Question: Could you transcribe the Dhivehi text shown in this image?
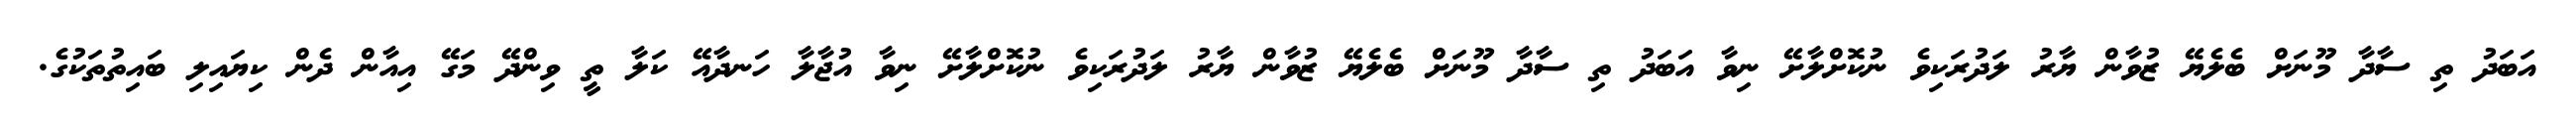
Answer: އަބަދު ތި ސާދާ މޫނަށް ބެލެޔޭ ޒުވާން ޔާރު ލަދުރަކިވެ ނުކޮށްލާށޭ ނިވާ އަބަދު ތި ސާދާ މޫނަށް ބެލެޔޭ ޒުވާން ޔާރު ލަދުރަކިވެ ނުކޮށްލާށޭ ނިވާ އުޖާލާ ހަނދާއޭ ކަލާ ތީ ވިންދޭ މަގޭ އިއާން ދެން ކިޔައިލި ބައިތުތަކުގެ.